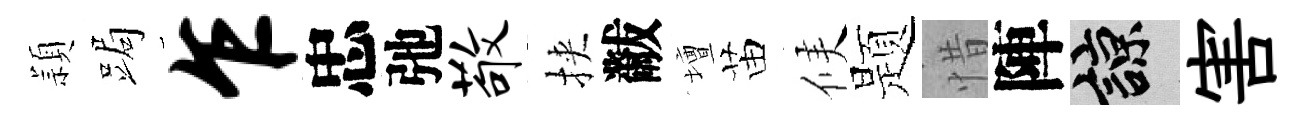
頴跼乍忠弛敬挾黻壇苗候题惜陣諒害